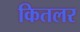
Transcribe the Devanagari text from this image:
कितलर